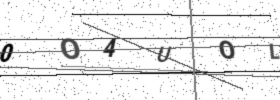
Text: 0O4UOL